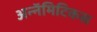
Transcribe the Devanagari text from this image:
अन्नॅमिटिकस